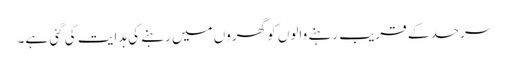
سرحد کے قریب رہنے والوں کو گھروں میں رہنے کی ہدایت کی گئی ہے۔